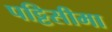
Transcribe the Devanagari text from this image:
पट्टिसीमा